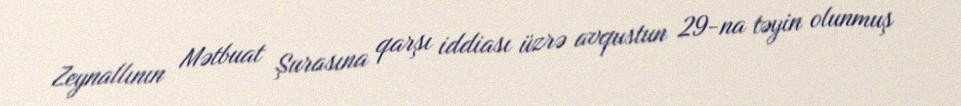
Zeynallının Mətbuat Şurasına qarşı iddiası üzrə avqustun 29-na təyin olunmuş